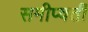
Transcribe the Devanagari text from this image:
समीप्वर्ती